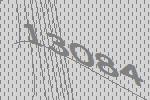
13084